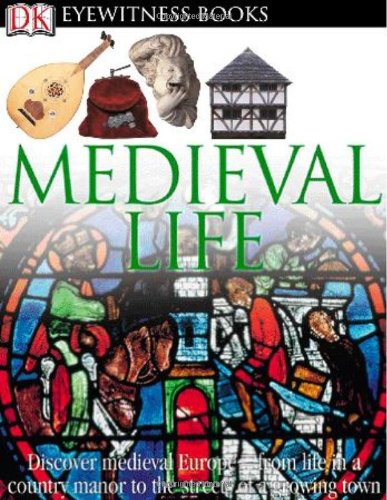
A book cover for Medieval Life (DK Eyewitness Books); Andrew Langley; Children's Books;